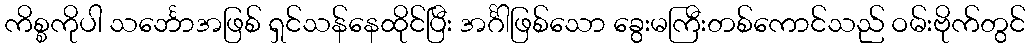
ကိစ္စကိုပါ သင်္ဘောအဖြစ် ရှင်သန်နေထိုင်ပြီး အင်္ဂါဖြစ်သော ခွေးမကြီးတစ်ကောင်သည် ဝမ်းဗိုက်တွင်